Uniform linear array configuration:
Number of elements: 64
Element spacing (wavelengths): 0.25
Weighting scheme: kaiser
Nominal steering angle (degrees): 30
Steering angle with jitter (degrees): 29.681
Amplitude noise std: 0.05
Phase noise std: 0.05

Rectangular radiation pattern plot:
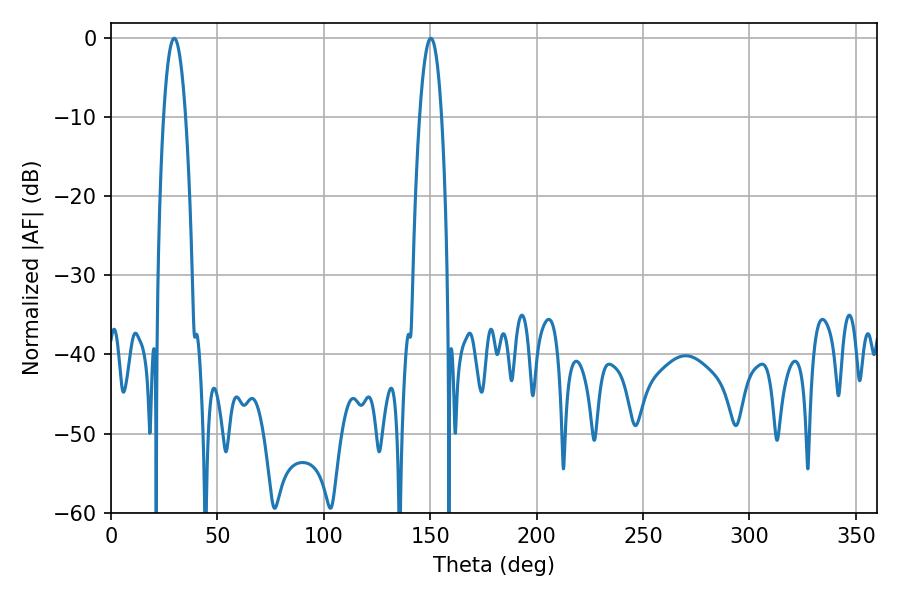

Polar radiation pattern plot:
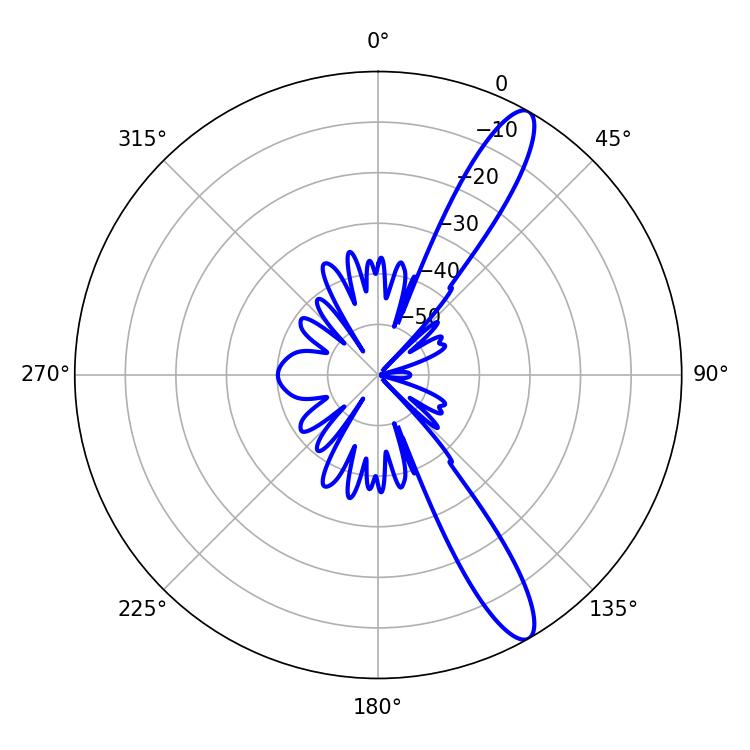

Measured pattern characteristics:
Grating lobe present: FALSE
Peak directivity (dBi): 12.733
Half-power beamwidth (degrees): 5.76
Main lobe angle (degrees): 29.7